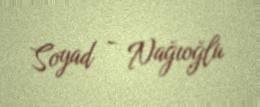
Soyad - Nağıoğlu